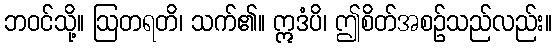
ဘဝင်သို့။ ဩတရတိ၊ သက်၏။ ဣဒံပိ၊ ဤစိတ်အစဉ်သည်လည်း။